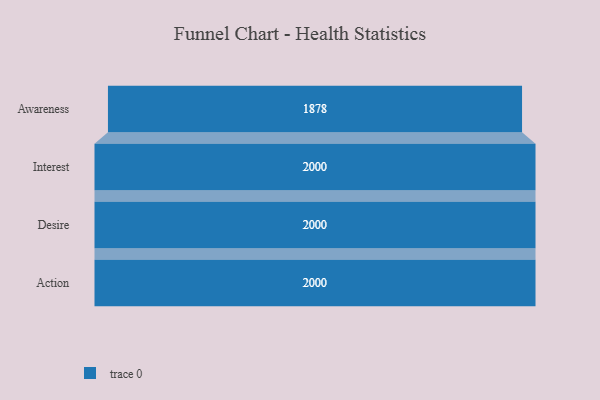
{"axis": {"x": "Stage", "y": "Value"}, "legend": [""], "data": [{"x": "Awareness", "y": 1878.0, "type": ""}, {"x": "Interest", "y": 2000, "type": ""}, {"x": "Desire", "y": 2000, "type": ""}, {"x": "Action", "y": 2000, "type": ""}]}